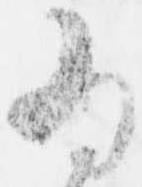
為